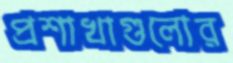
প্রশাখাগুলোর